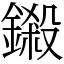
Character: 鎩